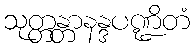
သုတ္တန္တာနန္ဒပဏ္ဍိတံ